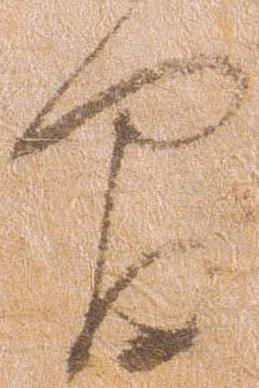
間